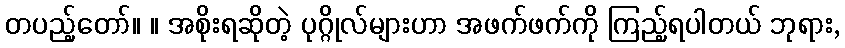
တပည့်တော်။ ။ အစိုးရဆိုတဲ့ ပုဂ္ဂိုလ်များဟာ အဖက်ဖက်ကို ကြည့်ရပါတယ် ဘုရား,